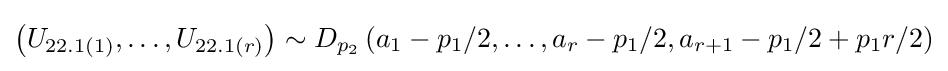
\left(U_{22.1(1)},\ldots ,U_{22.1(r)}\right)\sim D_{p_{2}}\left(a_{1}-p_{1}/2,\ldots ,a_{r}-p_{1}/2,a_{r+1}-p_{1}/2+p_{1}r/2\right)